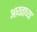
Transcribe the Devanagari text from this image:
आयताच्या